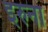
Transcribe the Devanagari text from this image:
इरुना